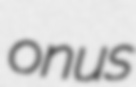
onus